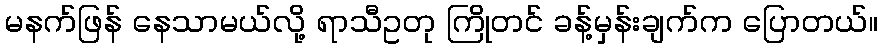
မနက်ဖြန် နေသာမယ်လို့ ရာသီဥတု ကြိုတင် ခန့်မှန်းချက်က ပြောတယ်။